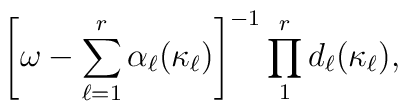
\left[ \omega - \sum_{\ell = 1}^{r} \alpha_{\ell} (\kappa_{\ell} )\right]^{-1} \prod_{1}^{r} d_{\ell}(\kappa_{\ell}) ,